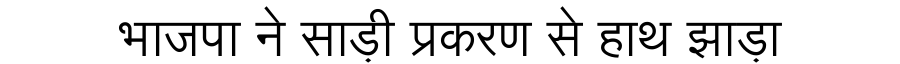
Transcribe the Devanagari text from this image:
भाजपा ने साड़ी प्रकरण से हाथ झाड़ा